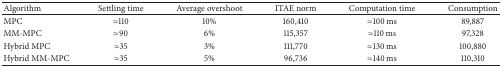
<table><thead><tr><td><b>Algorithm</b></td><td><b>Settling time</b></td><td><b>Average overshoot</b></td><td><b>ITAE norm</b></td><td><b>Computation time</b></td><td><b>Consumption</b></td></tr></thead><tbody><tr><td>MPC</td><td><i>≈</i>110</td><td>10%</td><td>160,410</td><td><i>≈</i>100 ms</td><td>89,887</td></tr><tr><td>MM-MPC</td><td><i>≈</i>90</td><td>6%</td><td>115,357</td><td><i>≈</i>110 ms</td><td>97,328</td></tr><tr><td>Hybrid MPC</td><td><i>≈</i>35</td><td>3%</td><td>111,770</td><td><i>≈</i>130 ms</td><td>100,880</td></tr><tr><td>Hybrid MM-MPC</td><td><i>≈</i>35</td><td>5%</td><td>96,736</td><td><i>≈</i>140 ms</td><td>110,310</td></tr></tbody></table>